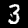
Digit: 3